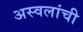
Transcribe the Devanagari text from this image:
अस्वलांची